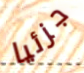
جزئيا